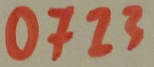
Text: 0723